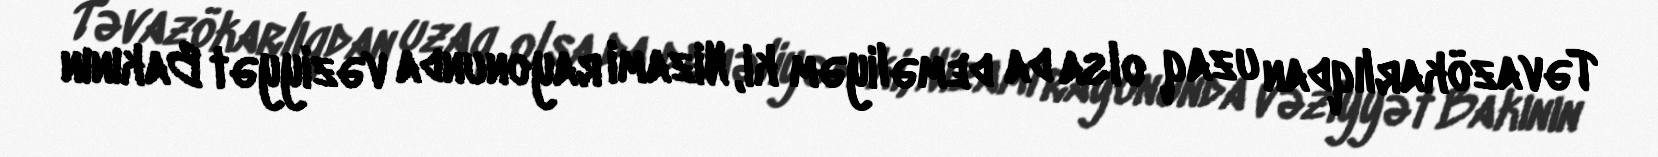
Təvazökarlıqdan uzaq olsa da deməliyəm ki, Nizami rayonunda vəziyyət Bakının